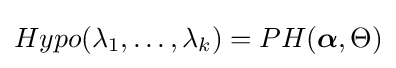
Hypo(\lambda _{1},\dots ,\lambda _{k})=PH({\boldsymbol {\alpha }},\Theta )